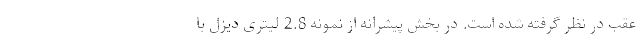
عقب در نظر گرفته شده است. در بخش پیشرانه از نمونه 2.8 لیتری دیزل با